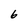
Character: 6